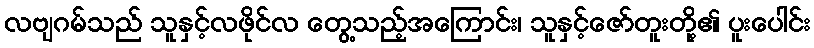
လဗျဂမ်သည် သူနှင့်လဖိုင်လ တွေ့သည့်အကြောင်း၊ သူနှင့်ဇော်တူးတို့၏ ပူးပေါင်း